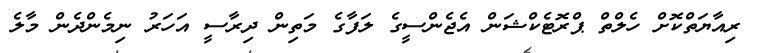
ރިއާޔަތްކޮށް ހެލްތް ޕްރޮޓެކްޝަން އެޖެންސީގެ ލަފާގެ މަތިން ދިރާސީ އަހަރު ނިމެންދެން މާލެ